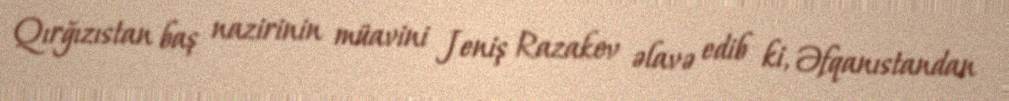
Qırğızıstan baş nazirinin müavini Jeniş Razakov əlavə edib ki, Əfqanıstandan